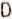
D